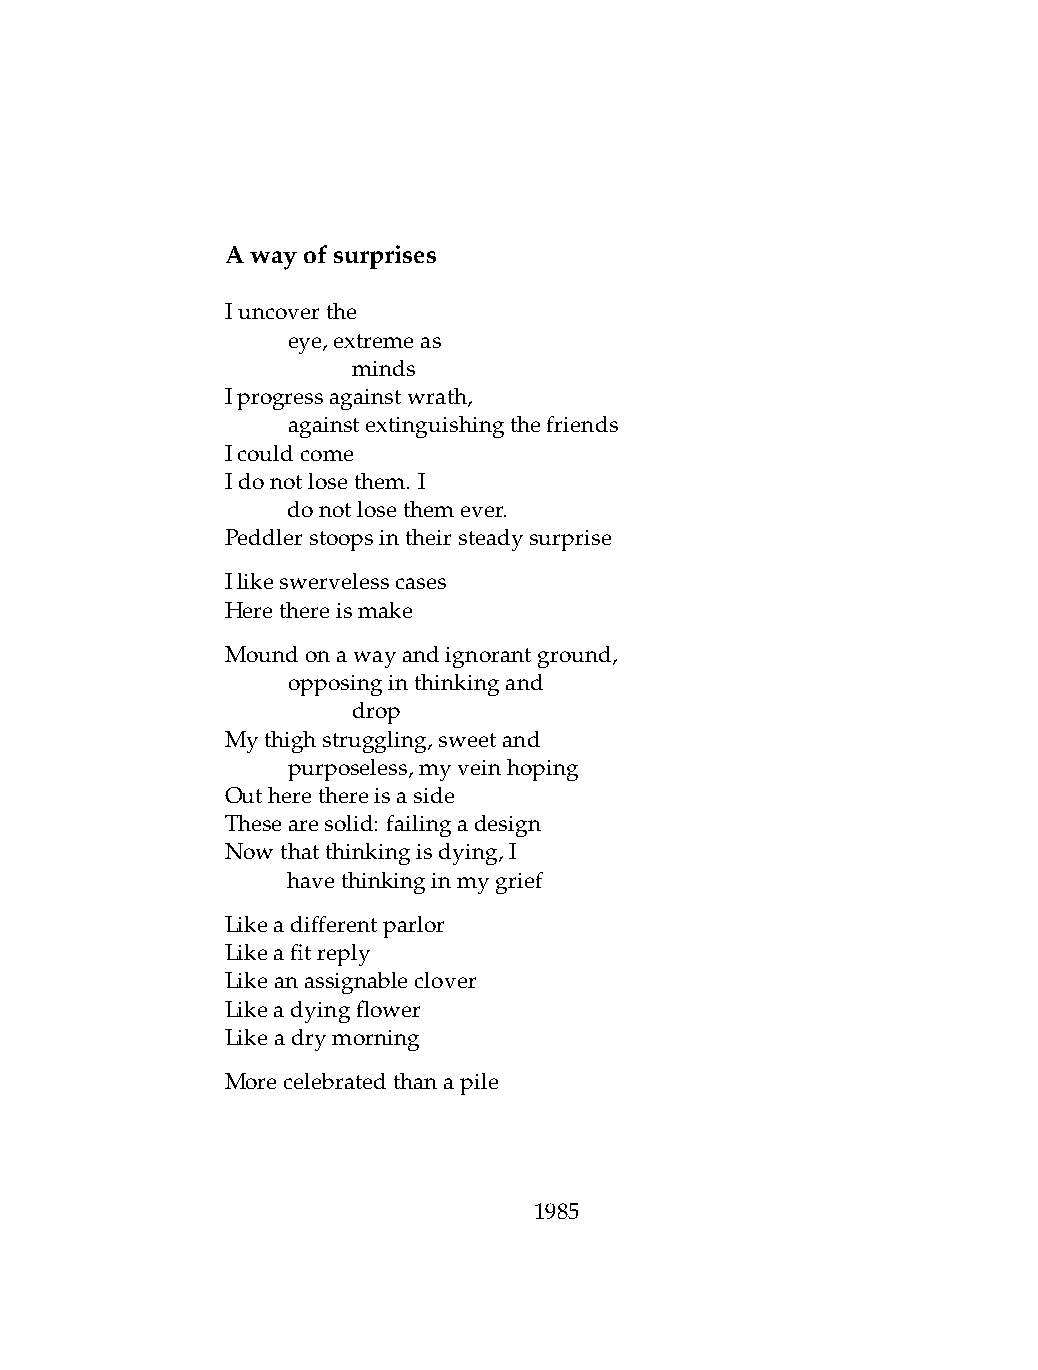
Awayofsurprises
 Iuncoverthe
 .   eye,extremeas
 .   .   minds
 Iprogressagainstwrath,
 .   againstextinguishingthefriends
 Icouldcome
 Idonotlosethem. I
 .   donotlosethemever.
 Peddlerstoopsintheirsteadysurprise
 Ilikeswervelesscases
 Herethereismake
 Moundonawayandignorantground,
 .   opposinginthinkingand
 .   .   drop
 Mythighstruggling,sweetand
 .   purposeless,myveinhoping
 Outherethereisaside
 Thesearesolid: failingadesign
 Nowthatthinkingisdying,I
 .   havethinkinginmygrief
 Likeadifferentparlor
 Likeafitreply
 Likeanassignableclover
 Likeadyingflower
 Likeadrymorning
 Morecelebratedthanapile
 1985